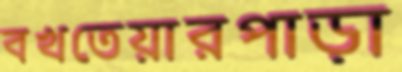
বখতেয়ারপাড়া